Lunatic asylums Central Provinces reports 1910-1926 - 1910-1926
Year: 1910
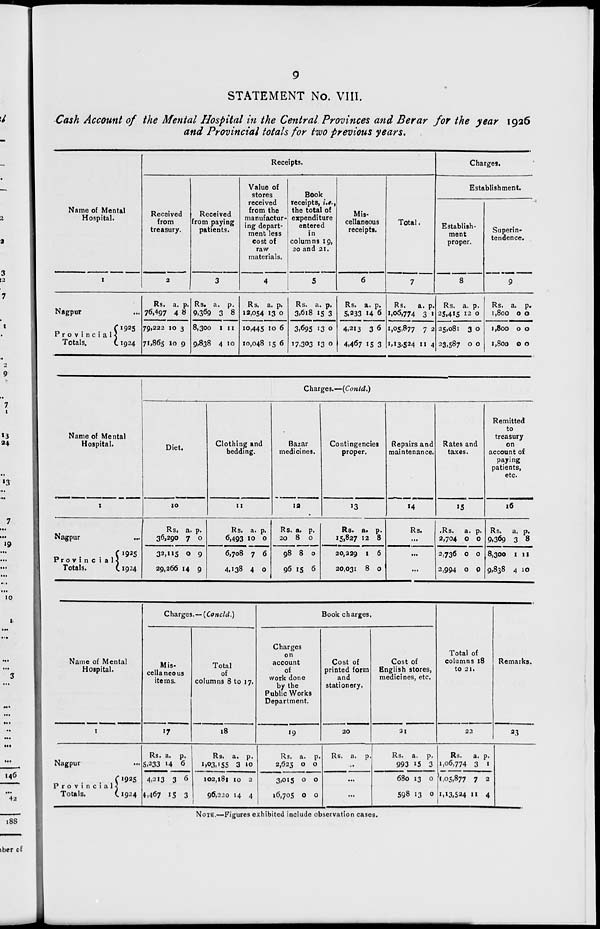
9
STATEMENT No. VIII.
Cash Account of the Mental Hospital in the Central. Provinces and Berar for the year 1926
and Provincial totals for two previous years.
Name of Mental
Hospital.
1
Nagpur ...
Provincial-
Totals.
1925
1924
Receipts.
Received
from
treasury.
2
Rs.
76,497
79,222
71,865
a.
4
10
10
p.
8
3
9
Received
from paying
patients.
3
Rs.
9,369
8,300
9,838
a.
3
1
4
p.
8
11
10
Value of
stores
received
from the
manufactur-
ing depart-
ment less
cost of
raw
materials.
4
Rs.
12,054
10,445
10,048
a.
13
10
15
p.
0
6
6
Book
receipts, i.e.,
the total of
expenditure
entered
in
columns 19,
20 and 21.
5
Rs.
3,618
3,695
17,303
a.
15
13
13
p.
3
0
0
Mis-
cellaneous
receipts.
6
Rs.
5,233
4,213
4,467
a.
14
3
15
p.
6
6
3
Total.
7
Rs.
1,06,774
1,05,877
1,13,524
a.
3
7
11
p.
1
2
4
Charges.
Establishment.
Establish-
ment
proper.
8
Rs.
25,415
25,081
23,587
a.
12
3
0
p.
0
0
0
Superin-
tendence.
9
Rs.
1,800
1,800
1,800
a.
0
0
0
p.
0
0
0
Name of Mental
Hospital.
1
Nagpur ...
Pro v i n c i a l
Totals.
1925
1924
Charges.—(Contd.)
Diet.
10
Rs.
36,290
32,115
29,266
a.
7
0
14
p.
0
9
9
Clothing and
bedding.
11
Rs.
6,493
6,708
4,138
a.
10
7
4
p.
0
6
0
Bazar
medicines.
12
Rs.
20
98
96
a.
8
8
15
p.
0
0
6
Contingencies
proper.
13
Rs.
15,827
20,229
20,031
a.
12
1
8
p.
8
6
0
Repairs and
maintenance.
14
Rs.
...
...
...
Rates and
taxes.
15
Rs.
2,704
2,736
2,994
a.
0
0
0
p.
0
0
0
Remitted
to
treasury
on
account of
paying
patients,
etc.
16
Rs.
9,369
8,300
9,838
a.
3
1
4
p.
8
11
10
Name of Mental
Hospital.
1
Nagpur ...
Provincial
Totals.
1925
1924
Charges.—(Concld.)
Mis-
cellaneous
items.
17
Rs.
5,233
4,213
4,467
a.
14
3
15
p.
6
6
3
Total
of
columns 8 to 17.
18
Rs.
1,03,155
102,181
96,220
a.
3
10
14
p.
10
2
4
Book charges.
Charges
on
account
of
work done
by the
Public Works
Department.
19
Rs.
2,625
3,015
16,705
a.
0
0
0
p.
0
0
0
Cost of
printed form
and
stationery.
20
Rs. a. p.
...
...
...
Cost of
English stores,
medicines, etc.
21
Rs.
993
680
598
a.
15
13
13
p.
3
0
0
Total of
columns 18
to 21.
22
Rs.
1,06,774
1,05,877
1,13,524
a.
3
7
11
p.
1
2
4
Remarks.
23
NOTE.—Figures exhibited include observation cases.